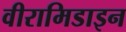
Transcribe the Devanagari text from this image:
वीरामिडाइन